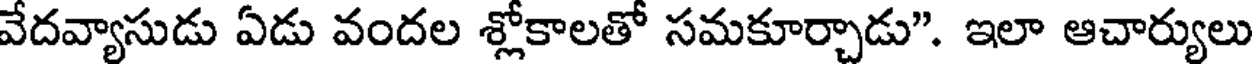
వేదవ్యాసుడు ఏడు వందల శ్లోకాలతో సమకూర్చాడు". ఇలా ఆచార్యులు